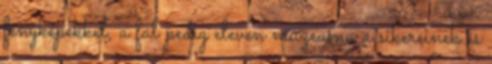
fényképekkel, a fal pedig eleven múzeuma a sikereinek és